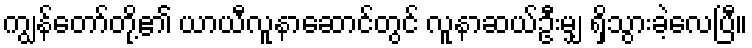
ကျွန်တော်တို့၏ ယာယီလူနာဆောင်တွင် လူနာဆယ်ဦးမျှ ရှိသွားခဲ့လေပြီ။